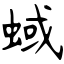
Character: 蜮